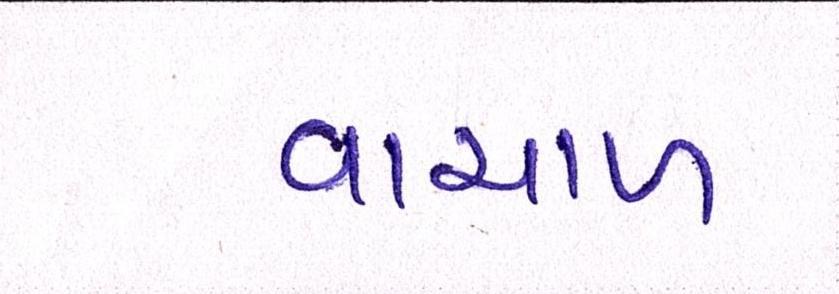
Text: વાચાળ